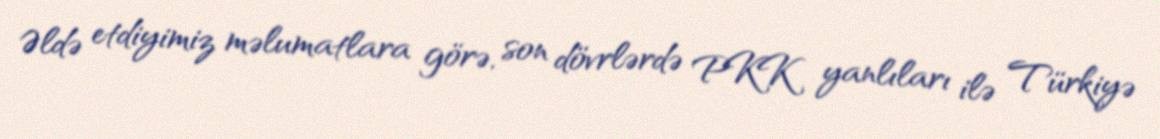
Əldə etdiyimiz məlumatlara görə, son dövrlərdə PKK yanlıları ilə Türkiyə